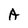
Character: A